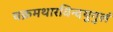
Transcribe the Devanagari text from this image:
चक्रमथारविन्दयुगुलं